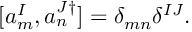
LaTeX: [ a _ { m } ^ { I } , a _ { n } ^ { J \dagger } ] = \delta _ { m n } \delta ^ { I J } .